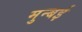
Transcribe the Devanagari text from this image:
मुन्बई